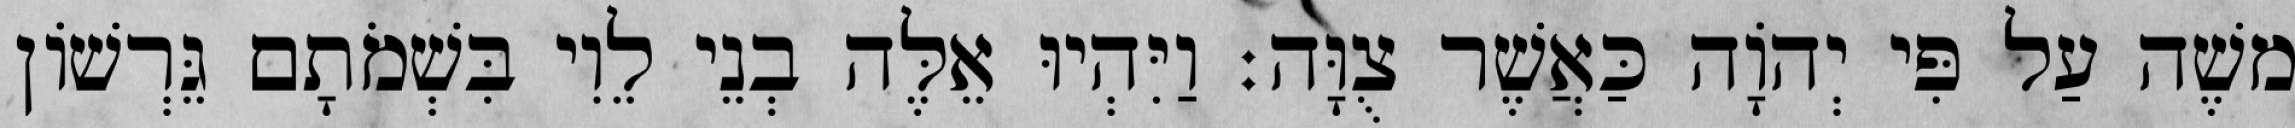
משֶׁה עַל פִּי יְהוָֹה כַּאֲשֶׁר צֻוָּה׃ וַיִּהְיוּ אֵלֶּה בְנֵי לֵוִי בִּשְׁמֹתָם גֵּרְשׁוֹן